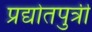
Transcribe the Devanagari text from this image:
प्रद्योतपुत्री